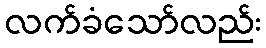
လက်ခံသော်လည်း